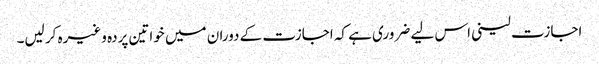
اجازت لینی اس لیے ضروری ہے کہ اجازت کے دوران میں خواتین پردہ وغیرہ کر لیں۔